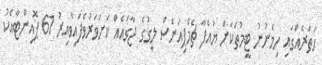
ހަތަރެއްގައި ހިމެނުނު ޓީމުތަކަށް ޔުއެފާ ޗެމްޕިއަންސް ލީގުގެ ޖާގައެއް ކަށަވަރުވެފައިވާއިރު 61 ޕޮއިންޓާއެކު